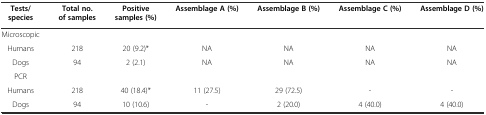
| Tests/species | Total no. of samples | Positive samples (%) | Assemblage A (%) | Assemblage B (%) | Assemblage C (%) | Assemblage D (%) |
 | --- | --- | --- | --- | --- | --- | --- |
 | Microscopic |  |  |  |  |  |  |
 | Humans | 218 | 20 (9.2)* | NA | NA | NA | NA |
 | Dogs | 94 | 2 (2.1) | NA | NA | NA | NA |
 | PCR |  |  |  |  |  |  |
 | Humans | 218 | 40 (18.4)* | 11 (27.5) | 29 (72.5) | - | - |
 | Dogs | 94 | 10 (10.6) | - | 2 (20.0) | 4 (40.0) | 4 (40.0) |